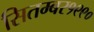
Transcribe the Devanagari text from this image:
सितम्बर१९९०